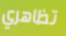
تظاهري